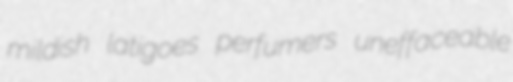
mildish latigoes perfumers uneffaceable